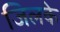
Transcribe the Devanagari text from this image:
जिलके